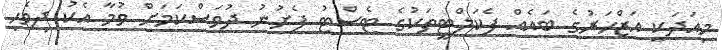
މިއަދަކީ އަޒްހަރުގެ ބައެއް ފެކަލްޓީތަކުގެ ޓެސްޓު ފެށުނު ދުވަސްކަމަށް ވުމާ އެކު ދިވެހި